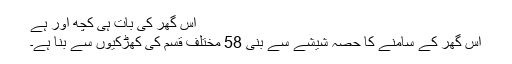
اس گھر کی بات ہی کچھ اور ہے
اس گھر کے سامنے کا حصہ شیشے سے بنی 58 مختلف قسم کی کھڑکیوں سے بنا ہے۔